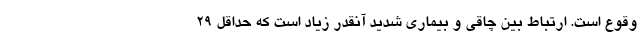
وقوع است. ارتباط بین چاقی و بیماری شدید آنقدر زیاد است که حداقل ۲۹